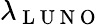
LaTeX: \lambda_{\mathrm{~L~U~N~O~}}